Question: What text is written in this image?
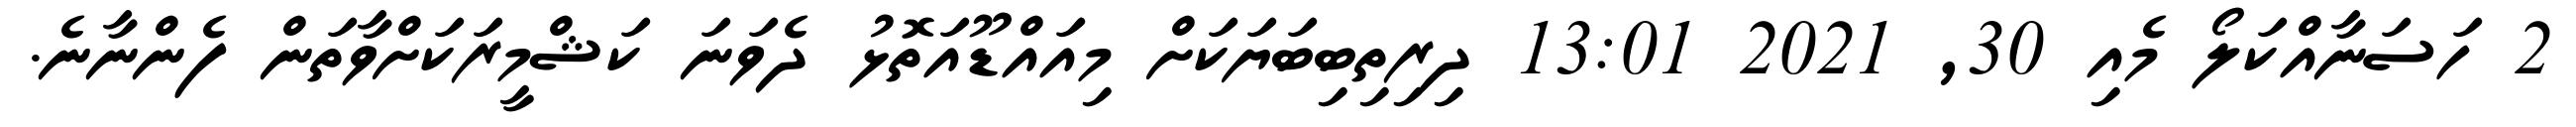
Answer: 2 ހަސަނާއްކަލޯ މެއި 30, 2021 13:01 ދިރިތިބިބަޔަކަށް މިއައްޑޫއަތޮޅު ދެވަނަ ކަޝްމީރަކަށްވާތަން ފެންނާނެ.